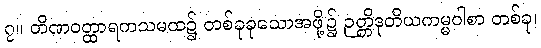
၇။ တိဏဝတ္ထာရကသမထ၌ တစ်ခုခုသောအဖို့၌ ဉတ္တိဒုတိယကမ္မဝါစာ တစ်ခု၊